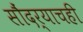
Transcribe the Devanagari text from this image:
सौंदर्याचही